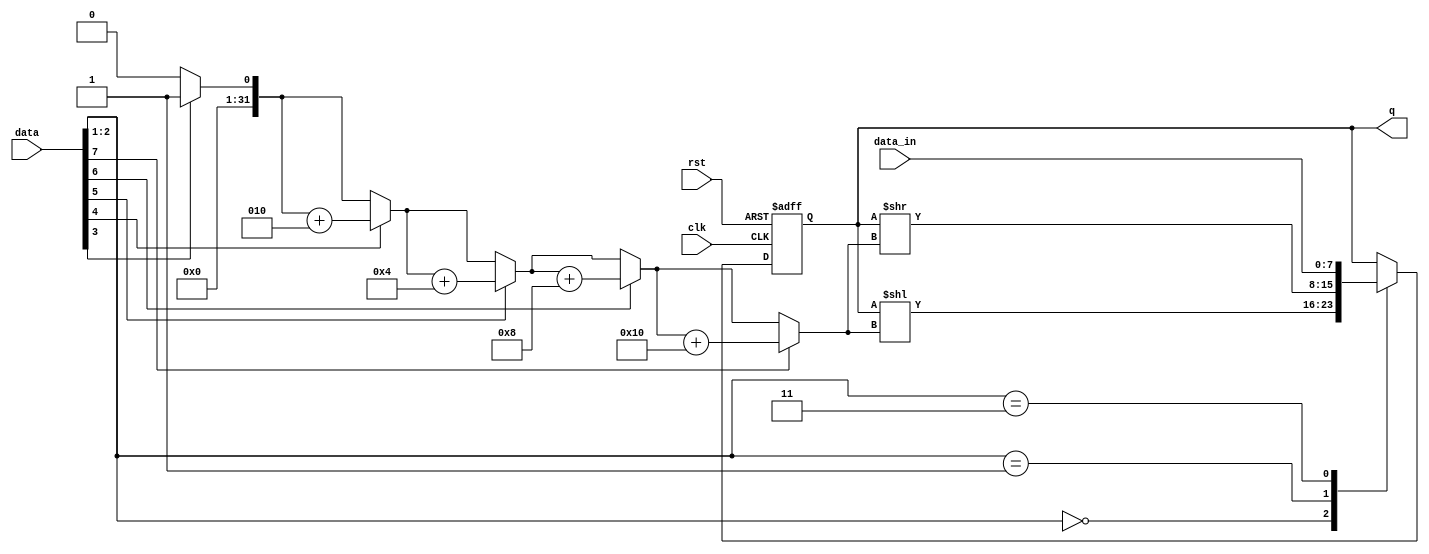
module sr_chiquito (
  input wire clk,           // Reloj
  input wire rst,           // Reset
  input wire [7:0] data,    //bits 11-4
  input wire [7:0] data_in, // Datos de entrada
  output reg [7:0] q        // Salida del shift register
);
  integer width_;
  integer i;
  
  always @* begin
    width_ = 0;
    for (i = 3 ; i <= 7 ; i = i + 1)begin
      if (data[i] == 1) begin
        width_ = width_ + (2 ** (i-3));
      end
    end
  end
  
  always @(posedge clk or posedge rst) begin
    if (rst) begin
      q <= 8'b0;  // Reset del registro
    end else begin
      // Realizar operaciones segn el control de entrada
      casex (data[2:1])
        2'b00: begin
          q <= q << width_; // Shift left LSL
        end
        2'b01: begin
          q <= q >> width_; // Shift right LSR
        end
        2'b11: q <= data_in; // Load
        default: ; // No hace nada para 2'b00
      endcase
    end
  end

endmodule